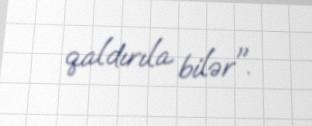
qaldırıla bilər".